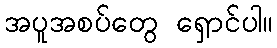
အပူအစပ်တွေ ရှောင်ပါ။